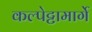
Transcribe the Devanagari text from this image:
कल्पेट्टामार्गे